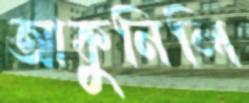
আকুনিলি